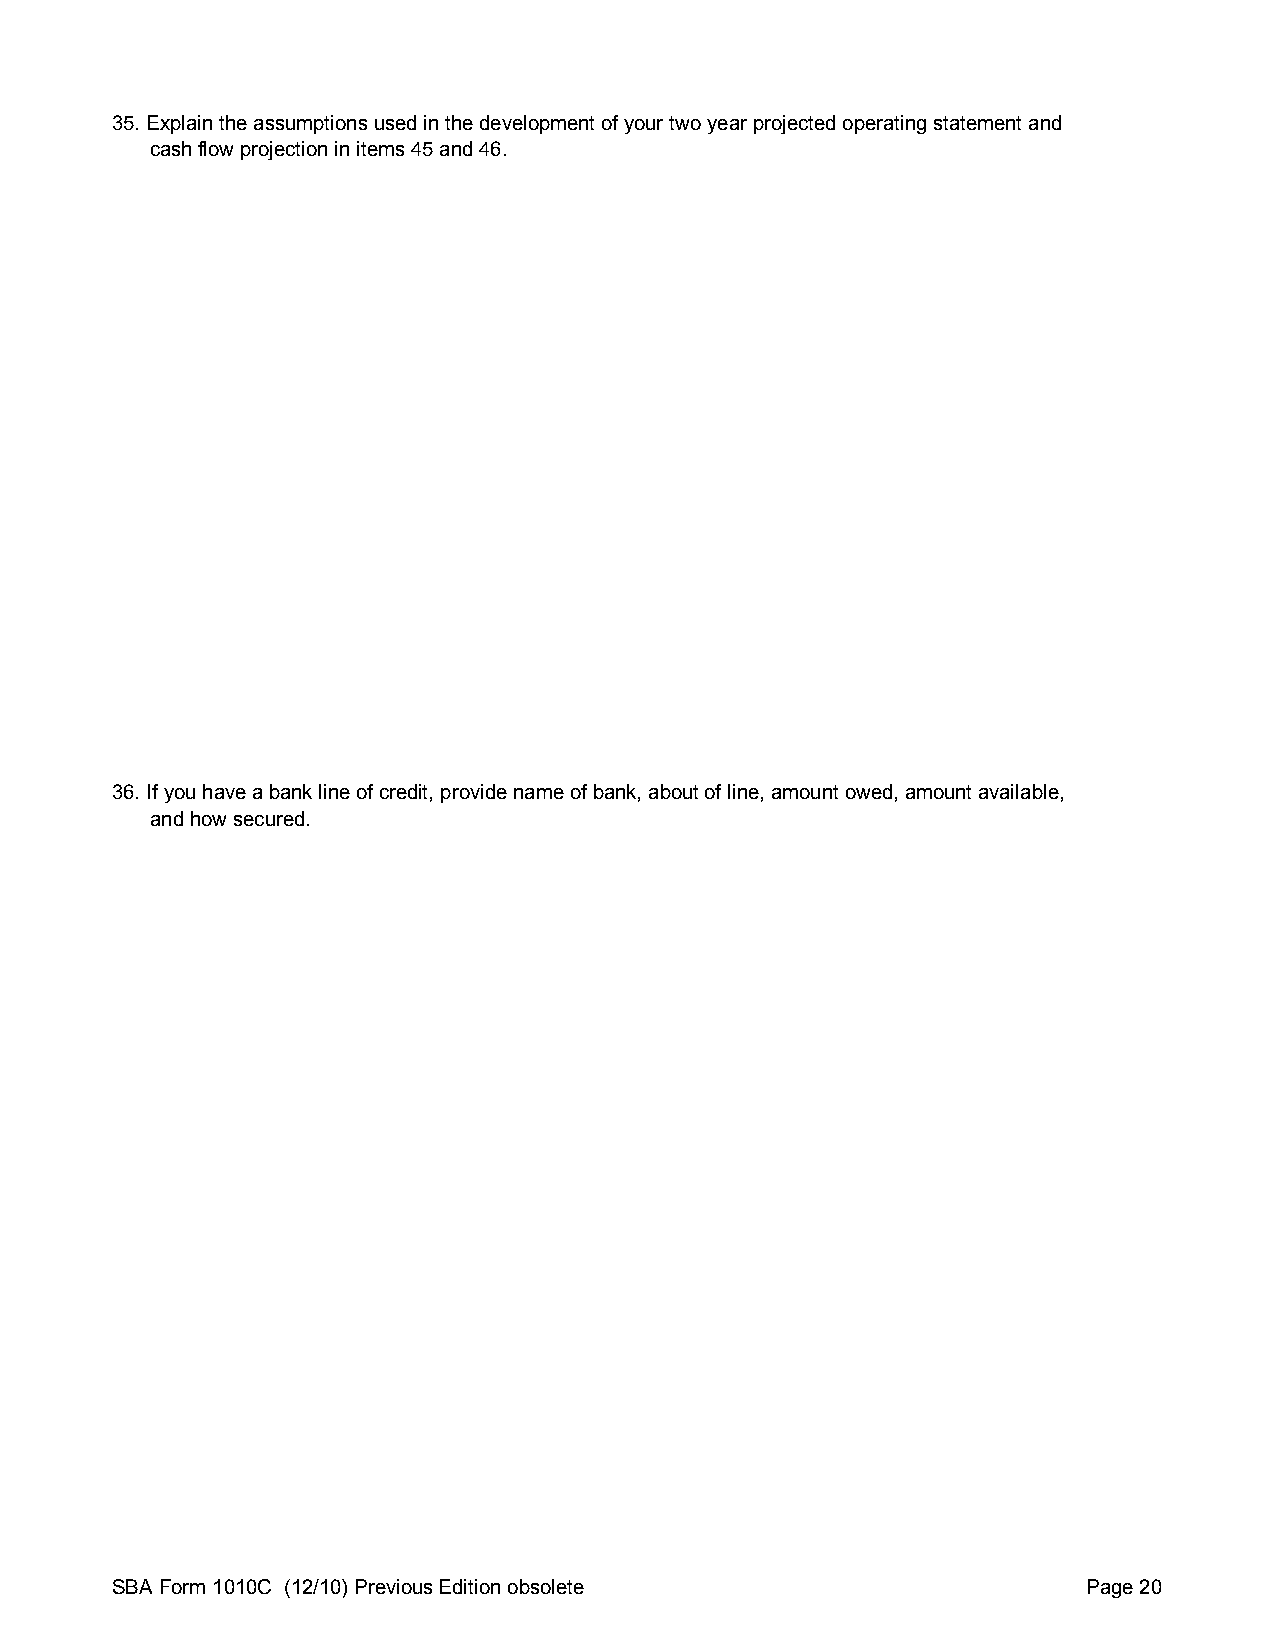
35. Explain the assumptions used in the development of your two year projected operating statement and
 cash flow projection in items 45 and 46.
 36. If you have a bank line of credit, provide name of bank, about of line, amount owed, amount available,
 and how secured.
 SBA Form 1010C (12/10) Previous Edition obsolete                 Page 20